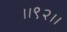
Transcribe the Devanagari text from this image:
।।९२।।